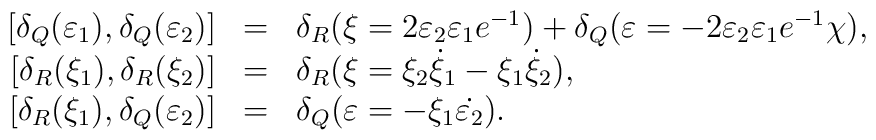
\begin{array}{rcl}\, [\delta_Q(\varepsilon_1),\delta_Q(\varepsilon_2)]& = &\delta_R(\xi=2\varepsilon_2\varepsilon_1 e^{-1}) +\delta_Q(\varepsilon = -2\varepsilon_2\varepsilon_1 e^{-1}\chi) ,\\   \,[\delta_R(\xi_1),\delta_R(\xi_2)] & = & \delta_R(\xi = \xi_2\dot{\xi}_1 -\xi_1\dot{\xi}_2) ,\\   \,[\delta_R(\xi_1),\delta_Q(\varepsilon_2)] & = & \delta_Q(\varepsilon =-\xi_1\dot{\varepsilon_2}). \end{array}